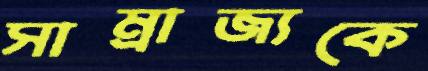
সাম্রাজ্যকে